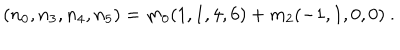
LaTeX: ( n _ { 0 } , n _ { 3 } , n _ { 4 } , n _ { 5 } ) = m _ { 0 } ( 1 , 1 , 4 , 6 ) + m _ { 2 } ( - 1 , 1 , 0 , 0 ) \ .